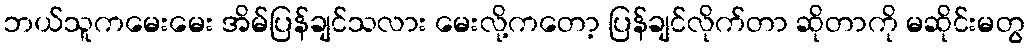
ဘယ်သူကမေးမေး အိမ်ပြန်ချင်သလား မေးလို့ကတော့ ပြန်ချင်လိုက်တာ ဆိုတာကို မဆိုင်းမတွ